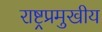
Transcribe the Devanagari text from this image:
राष्ट्रप्रमुखीय